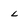
Character: l